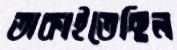
তাকাইতেছিল